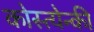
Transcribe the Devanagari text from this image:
कोस्त्येन्की